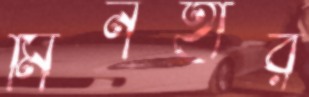
মিনহার